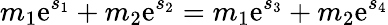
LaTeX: m_{1}\mathrm{e}^{s_{1}}+m_{2}\mathrm{e}^{s_{2}}=m_{1}\mathrm{e}^{s_{3}}+m_{2}\mathrm{e}^{s_{4}}